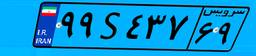
۹۹S۴۳۷۶۹